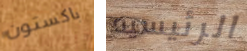
باكستون الرئيسيه